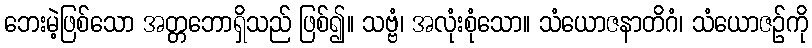
ဘေးမဲ့ဖြစ်သော အတ္တဘောရှိသည် ဖြစ်၍။ သဗ္ဗံ၊ အလုံးစုံသော။ သံယောဇနာတိဂံ၊ သံယောဇဉ်ကို